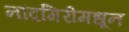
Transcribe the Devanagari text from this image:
नांदगिरीमधून